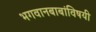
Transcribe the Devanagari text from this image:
भगवानबाबांविषयी